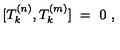
[ T _ { k } ^ { ( n ) } , T _ { k } ^ { ( m ) } ] \ = \ 0 \ ,